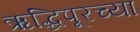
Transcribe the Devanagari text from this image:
ऋद्धिपूरच्या